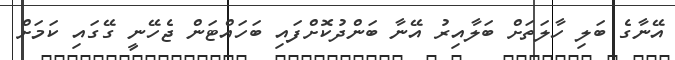
އޭނާގެ ބަލި ހާލަތަށް ބަލާއިރު އޭނާ ބަންދުކޮށްފައި ބަހައްޓަން ޖެހޭނީ ގޭގައި ކަމަށް